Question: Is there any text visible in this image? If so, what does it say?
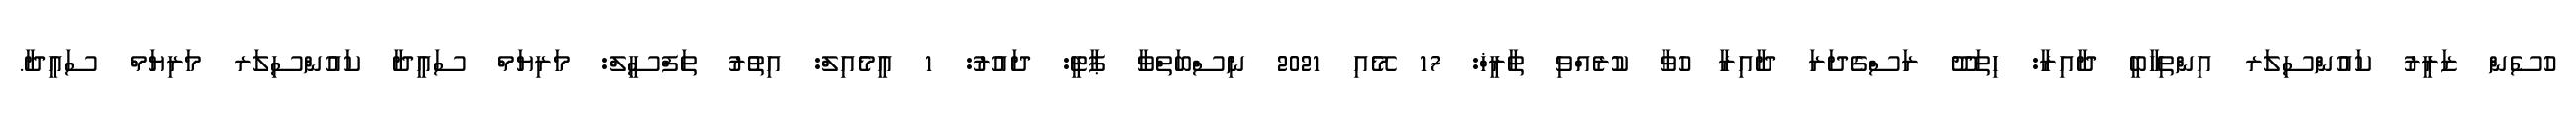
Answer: ހުސެން ޒަރީރު ކައުންސިލަރ އިންތިހާބީ ދާއިރާ: ހިތަދޫ ރަސްގެދަރަ ދާއިރާ ހުވާ ކުރެއްވި ތާރީޚް: 17 މޭއި 2021 ނިސްބަތްވާ ޕާޓީ: ދައުރު: 1 އީމެއިލް: އިތުރު ތަފްސީލް: މަރިޔަމް ސައީދާ ކައުންސިލަރ މަރިޔަމް ސައީދާ.